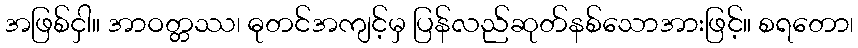
အဖြစ်ငှါ။ အာဝတ္တဿ၊ ဓုတင်အကျင့်မှ ပြန်လည်ဆုတ်နစ်သောအားဖြင့်။ စရတော၊